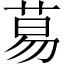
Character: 䓪